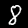
Digit: 8